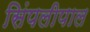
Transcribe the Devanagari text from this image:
सिंपलीपाल